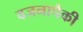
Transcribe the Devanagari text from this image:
वजनापैकी